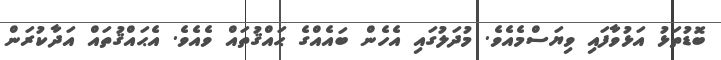
ބޮޑުތަޅު އަޅުވާފައި ވިޔަސްމެއެވެ. މުދަލުގައި އެހެން ބައެއްގެ ޙައްޤުތައް ވެއެވެ. އެޙައްޤުތައް އަދާކުރަން